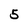
Character: 5